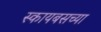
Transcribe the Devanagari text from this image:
स्कायबसच्या